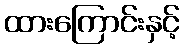
ထားကြောင်းနှင့်